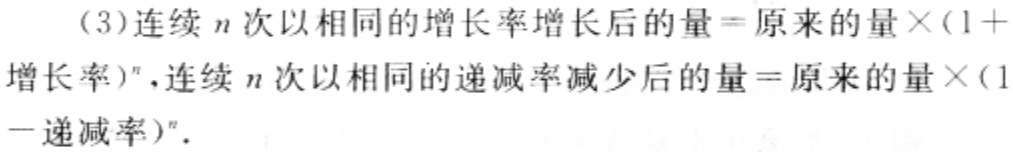
（3）连续\(n\)次以相同的增长率增长后的量\(=\)原来的量\(\times(1 +\)增长率\()^{n}\)，连续\(n\)次以相同的递减率减少后的量\(=\)原来的量\(\times(1 -\)递减率\()^{n}\)．